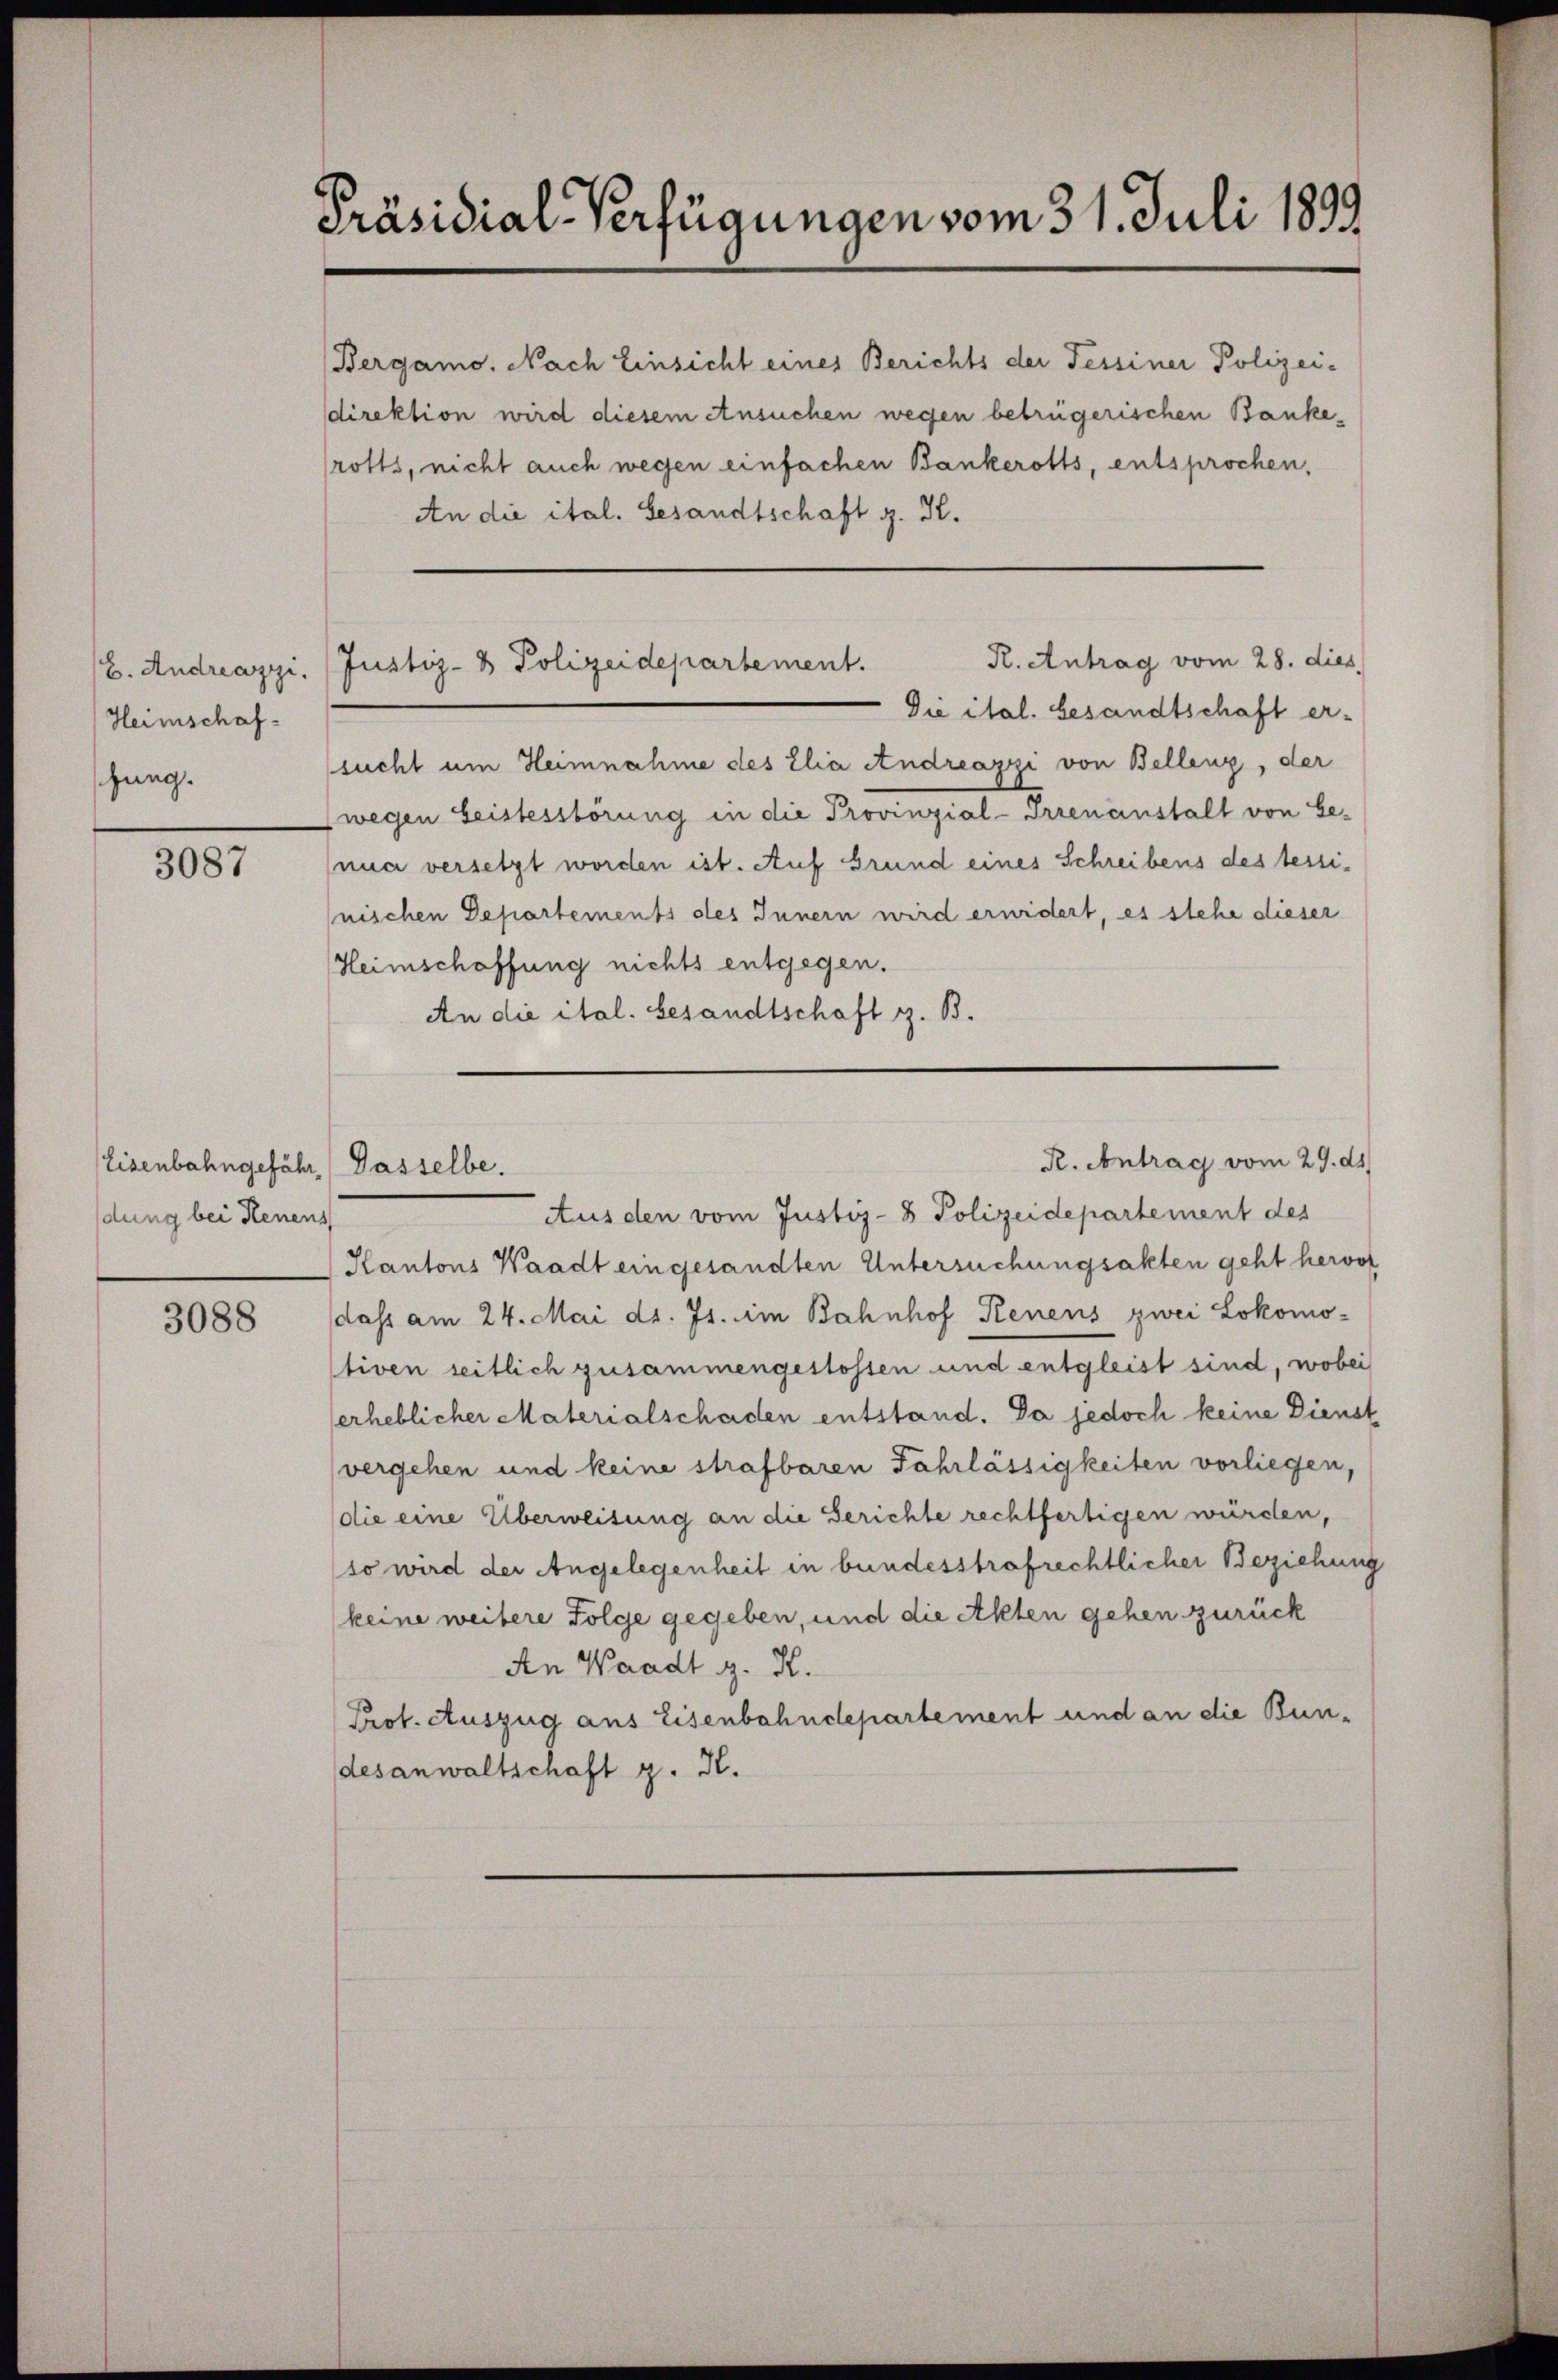
Heimschafschung.

3087

Eisenbahngefähr Gasselbe.
dung bei Henens

3088

Präsidial-Verfügungen vom 31. Juli 1899

direktion wird diesem Ansuchen wegen betrügerischen Bankerotts, nicht auch wegen einfachen Bankerotts, entsprochen,
An die ital. Gesandtschaft z. K.
Die ital. besandtschaft er-
sucht um Heimnahme des Elia Andreazzi von Bellenz, der
(wegen beistesstörung in die Provinzial-Irrenanstalt von be-
nua versetzt worden ist. Auf Grund eines Schreibens des tessinischen Departements des Innern wird erwidert, es stehe dieser
Heimschaffung nichts entgegen.
An die ital. Gesandtschaft z. B.

Bergamo. Nach Einsicht eines Berichts der Tessiner Polizei-

R. Antrag vom 28. dies
E. Andreazzi. (Justiz- & Polizeidepartement.

Aus den vom Justiz- & Polizeidepartement des
Kantons Waadt eingesandten Untersuchungsakten geht hervor
dass am 24. Mai d. Js. im Bahnhof Renens zwei Lokomotiven seitlich zusammengestossen und entgleist sind, wobei
erheblicher Materialschaden entstand. Da jedoch keine Dienst
(vergehen und keine strafbaren Fahrlässigkeiten vorliegen,
die eine Überweisung an die Gerichte rechtfertigen würden,
(so wird der Angelegenheit in bundesstrafrechtlicher Beziehung
keine weitere Folge gegeben, und die Akten gehen zurück
An Waadt g. K.
Prof. Auszug aus Eisenbahndepartement und an die Bundesanwaltschaft z. K.

R. Antrag vom 29. ds.